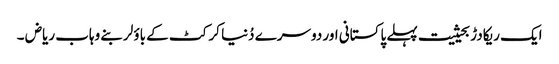
ایک ریکادڑ بحیثیت پہلے پاکستانی اور دوسرے دُنیا کرکٹ کے باؤلر بنے وہاب ریاض ۔